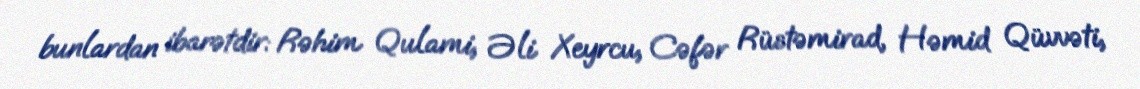
bunlardan ibarətdir: Rəhim Qulami, Əli Xeyrcu, Cəfər Rüstəmirad, Həmid Qüvvəti,